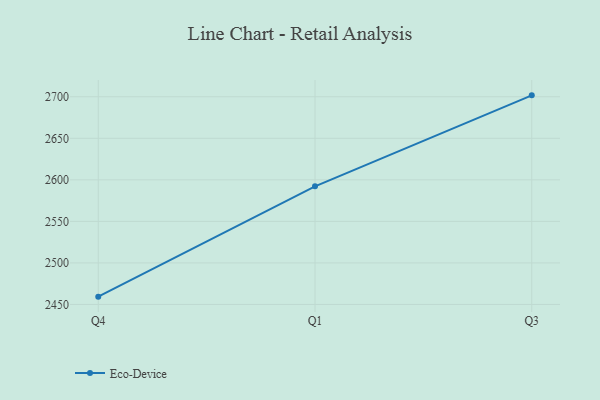
{"axis": {"x": "Quarter", "y": "Operating Costs (USD K)"}, "legend": ["Eco-Device"], "data": [{"x": "Q4", "y": 2459.4, "type": "Eco-Device"}, {"x": "Q1", "y": 2592.2, "type": "Eco-Device"}, {"x": "Q3", "y": 2701.7, "type": "Eco-Device"}]}